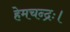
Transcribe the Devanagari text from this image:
हेमचन्द्रः।